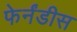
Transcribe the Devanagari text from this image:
फेर्नंडीस